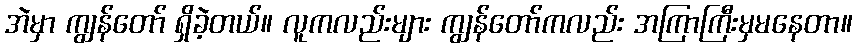
အဲမှာ ကျွန်တော် ရှိခဲ့တယ်။ လူကလည်းများ ကျွန်တော်ကလည်း အကြာကြီးမှမနေတာ။